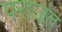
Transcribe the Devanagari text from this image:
पराजत